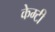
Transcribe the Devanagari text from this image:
केम्टी